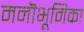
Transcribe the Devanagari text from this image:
मनॊभूमिका